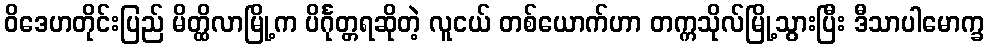
ဝိဒေဟတိုင်းပြည် မိတ္ထိလာမြို့က ပိင်္ဂုတ္တရဆိုတဲ့ လူငယ် တစ်ယောက်ဟာ တက္ကသိုလ်မြို့သွားပြီး ဒီသာပါမောက္ခ